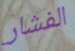
الفشار